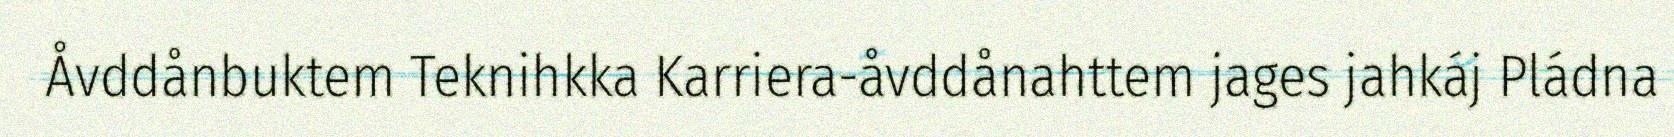
Åvddånbuktem Teknihkka Karriera-åvddånahttem jages jahkáj Pládna